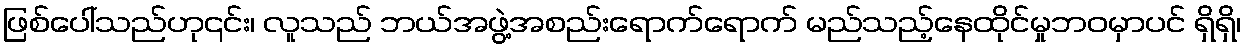
ဖြစ်ပေါ်သည်ဟု၎င်း၊ လူသည် ဘယ်အဖွဲ့အစည်းရောက်ရောက် မည်သည့်နေထိုင်မှုဘဝမှာပင် ရှိရှိ၊